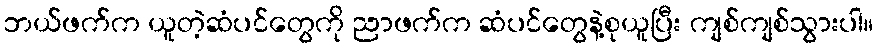
ဘယ်ဖက်က ယူတဲ့ဆံပင်တွေကို ညာဖက်က ဆံပင်တွေနဲ့စုယူပြီး ကျစ်ကျစ်သွားပါ။